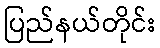
ပြည်နယ်တိုင်း